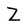
Character: Z